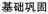
基础巩固